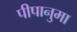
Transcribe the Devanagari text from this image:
पीपानुमा